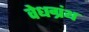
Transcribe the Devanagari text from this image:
वेधग्रंथ